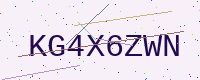
Text: KG4X6ZWN